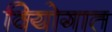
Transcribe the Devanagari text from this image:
वियोगात